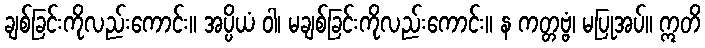
ချစ်ခြင်းကိုလည်းကောင်း။ အပ္ပိယံ ဝါ၊ မချစ်ခြင်းကိုလည်းကောင်း။ န ကတ္တဗ္ဗံ၊ မပြုအပ်။ ဣတိ